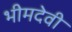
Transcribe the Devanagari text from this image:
भीमदेवी